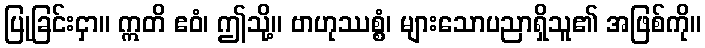
ပြုခြင်းငှာ။ ဣတိ ဧဝံ၊ ဤသို့။ ဗာဟုဿစ္စံ၊ များသောပညာရှိသူ၏ အဖြစ်ကို။